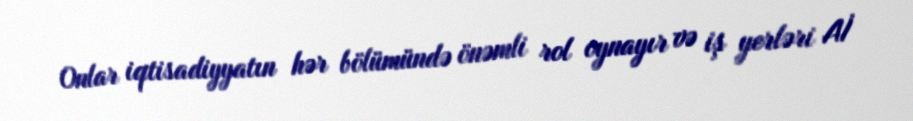
Onlar iqtisadiyyatın hər bölümündə önəmli rol oynayır və iş yerləri Aİ